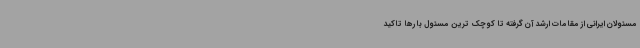
مسئولان ایرانی از مقامات ارشد آن گرفته تا کوچک ترین مسئول بارها تاکید